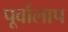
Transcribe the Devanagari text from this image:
पूर्वालाप